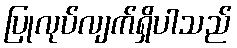
ပြုလုပ်လျက်ရှိပါသည်